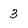
Character: 3